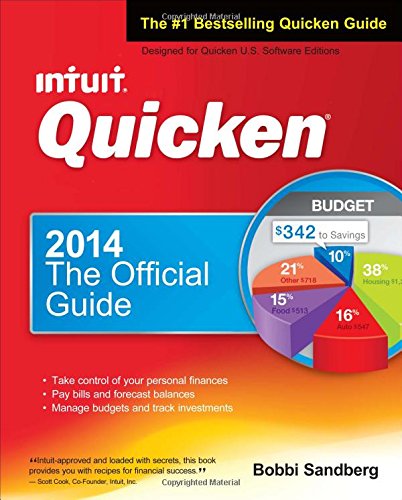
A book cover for Quicken 2014 The Official Guide (Quicken Press); Bobbi Sandberg; Computers & Technology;